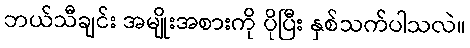
ဘယ်သီချင်း အမျိုးအစားကို ပိုပြီး နှစ်သက်ပါသလဲ။